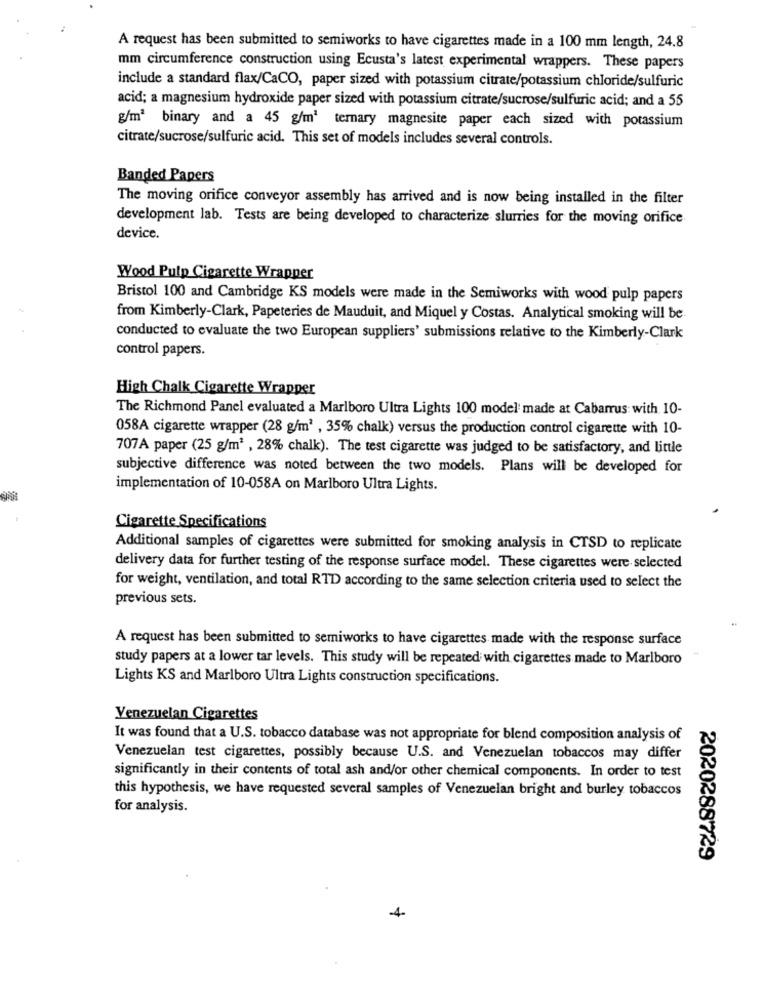
A request has been submitted to semiworks to have cigarettes made in a 100 mm length, 24.8
mm circumference construction using Ecusta's latest experimental wrappers. These papers
include a standard flax/CaCO, paper sized with potassium citrate/potassium chloride/sulfuric
acid; a magnesium hydroxide paper sized with potassium citrate/sucrose/sulfuric acid; and a 55
g/m2 binary and a 45 g/m3 ternary magnesite paper each sized with potassium
citrate/sucrose/sulfuric acid. This set of models includes several controls.
Banded Papers
The moving orifice conveyor assembly has arrived and is now being installed in the filter
development lab. Tests are being developed to characterize slurries for the moving orifice
device.
Wood Pulp Cigarette Wrapper
Bristol 100 and Cambridge KS models were made in the Semiworks with wood pulp papers
from Kimberly-Clark, Papeteries de Mauduit, and Miquel y Costas. Analytical smoking will be
conducted to evaluate the two European suppliers' submissions relative to the Kimberly-Clark
control papers.
High Chalk Cigarette Wrapper
The Richmond Panel evaluated a Marlboro Ultra Lights 100 model made at Cabarrus with 10-
058A cigarette wrapper (28 g/m2 , 35% chalk) versus the production control cigarette with 10-
707A paper (25 g/m2 , 28% chalk). The test cigarette was judged to be satisfactory, and little
subjective difference was noted between the two models. Plans will be developed for
implementation of 10-058A on Marlboro Ultra Lights.
Cigarette Specifications
Additional samples of cigarettes were submitted for smoking analysis in CTSD to replicate
delivery data for further testing of the response surface model. These cigarettes were selected
for weight, ventilation, and total RTD according to the same selection criteria used to select the
previous sets.
A request has been submitted to semiworks to have cigarettes made with the response surface
study papers at a lower tar levels. This study will be repeated with cigarettes made to Marlboro
Lights KS and Marlboro Ultra Lights construction specifications.
Venezuelan Cigarettes
It was found that a U.S. tobacco database was not appropriate for blend composition analysis of
Venezuelan test cigarettes, possibly because U.S. and Venezuelan tobaccos may differ
significantly in their contents of total ash and/or other chemical components. In order to test
this hypothesis, we have requested several samples of Venezuelan bright and burley tobaccos
for analysis.
2020288729
4